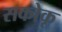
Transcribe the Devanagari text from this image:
सकोकू